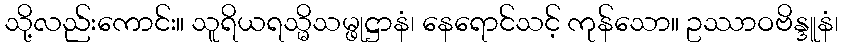
သို့လည်းကောင်း။ သူရိယရသ္မိသမ္ဖုဋ္ဌာနံ၊ နေရောင်သင့် ကုန်သော။ ဥဿာဝဗိန္ဒူနံ၊